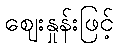
ဈေးနှုန်းဖြင့်